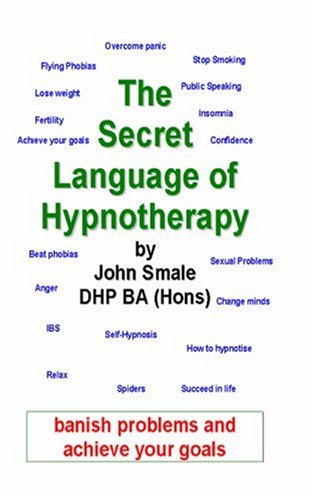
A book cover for The Secret Language of Hypnotherapy; John Smale; Health, Fitness & Dieting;